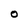
Character: O